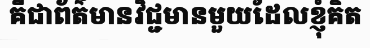
គឺជាព័ត៌មានវិជ្ជមានមួយដែលខ្ញុំគិត